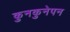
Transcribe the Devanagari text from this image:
कुनकुनेपन